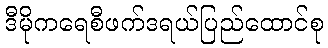
ဒီမိုကရေစီဖက်ဒရယ်ပြည်ထောင်စု